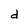
Character: d